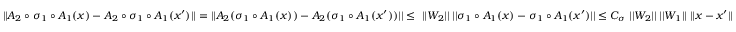
| | A _ { 2 } \circ \sigma _ { 1 } \circ A _ { 1 } ( x ) - A _ { 2 } \circ \sigma _ { 1 } \circ A _ { 1 } ( x ^ { \prime } ) | | = | | A _ { 2 } ( \sigma _ { 1 } \circ A _ { 1 } ( x ) ) - A _ { 2 } ( \sigma _ { 1 } \circ A _ { 1 } ( x ^ { \prime } ) ) | | \leq \ | | W _ { 2 } | | \; | | \sigma _ { 1 } \circ A _ { 1 } ( x ) - \sigma _ { 1 } \circ A _ { 1 } ( x ^ { \prime } ) | | \leq C _ { \sigma } \; | | W _ { 2 } | | \; | | W _ { 1 } | | \; | | x - x ^ { \prime } | |